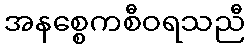
အနစ္စေကစီဝရသညီ